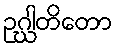
ဥဂ္ဃါတိတော